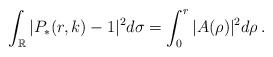
LaTeX: \begin{align*}\int_{\mathbb{R}}|P_*(r,k)-1|^2d\sigma=\int_0^r |A(\rho)|^2d\rho\,.\end{align*}